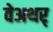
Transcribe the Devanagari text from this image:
वेअथर्